Civil Veterinary Department Bihar & Orissa reports 1929-36 - 1929-1936
Year: 1929
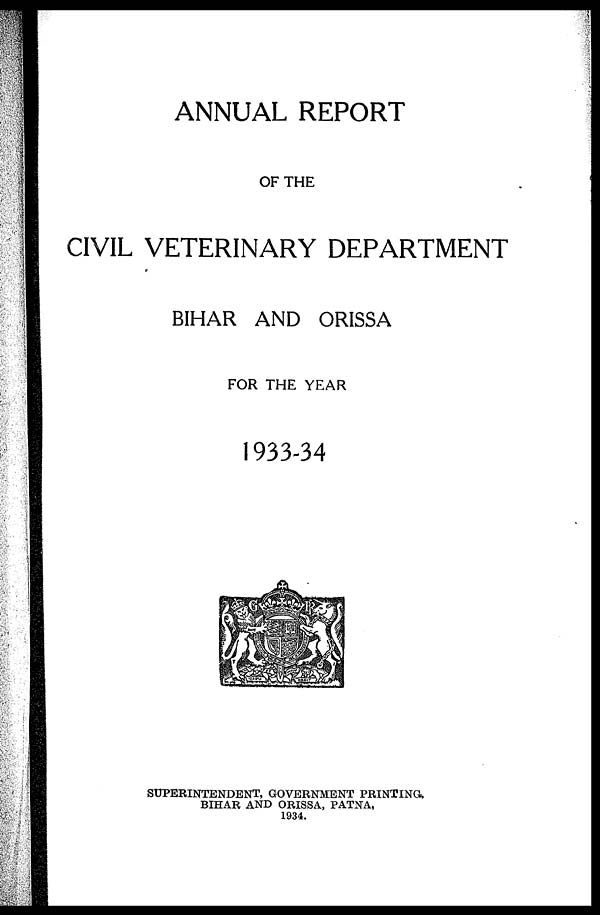
ANNUAL REPORT
OF THE
CIVIL VETERINARY DEPARTMENT
BIHAR AND ORISSA
FOR THE YEAR
1933-34
SUPERINTENDENT, GOVERNMENT PRINTING,
BIHAR AND ORISSA, PATNA,
1934.